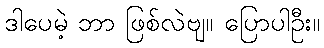
ဒါပေမဲ့ ဘာ ဖြစ်လဲဗျ။ ပြောပါဦး။